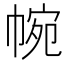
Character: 帵